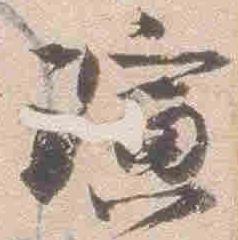
演